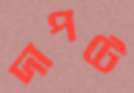
দাপটে